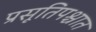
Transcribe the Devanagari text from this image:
प्रसूतिपश्चात